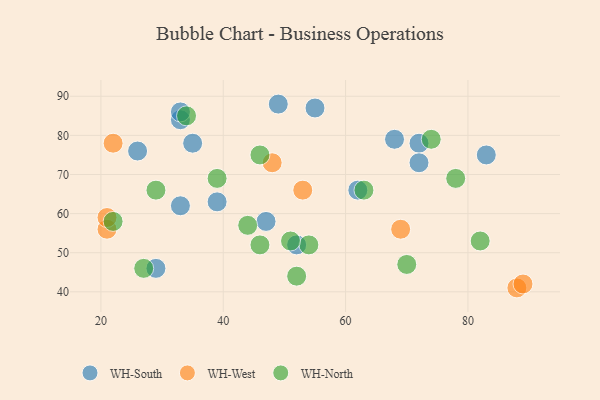
{"axis": {"x": "GDP", "y": "Life Expectancy"}, "legend": ["WH-North", "WH-South", "WH-West"], "data": [{"x": "33", "y": 84, "type": "WH-South"}, {"x": "26", "y": 76, "type": "WH-South"}, {"x": "49", "y": 88, "type": "WH-South"}, {"x": "47", "y": 58, "type": "WH-South"}, {"x": "72", "y": 78, "type": "WH-South"}, {"x": "55", "y": 87, "type": "WH-South"}, {"x": "68", "y": 79, "type": "WH-South"}, {"x": "83", "y": 75, "type": "WH-South"}, {"x": "33", "y": 86, "type": "WH-South"}, {"x": "39", "y": 63, "type": "WH-South"}, {"x": "52", "y": 52, "type": "WH-South"}, {"x": "35", "y": 78, "type": "WH-South"}, {"x": "62", "y": 66, "type": "WH-South"}, {"x": "33", "y": 62, "type": "WH-South"}, {"x": "72", "y": 73, "type": "WH-South"}, {"x": "29", "y": 46, "type": "WH-South"}, {"x": "88", "y": 41, "type": "WH-West"}, {"x": "53", "y": 66, "type": "WH-West"}, {"x": "22", "y": 78, "type": "WH-West"}, {"x": "69", "y": 56, "type": "WH-West"}, {"x": "21", "y": 56, "type": "WH-West"}, {"x": "89", "y": 42, "type": "WH-West"}, {"x": "21", "y": 59, "type": "WH-West"}, {"x": "48", "y": 73, "type": "WH-West"}, {"x": "34", "y": 85, "type": "WH-North"}, {"x": "27", "y": 46, "type": "WH-North"}, {"x": "52", "y": 44, "type": "WH-North"}, {"x": "46", "y": 75, "type": "WH-North"}, {"x": "29", "y": 66, "type": "WH-North"}, {"x": "22", "y": 58, "type": "WH-North"}, {"x": "74", "y": 79, "type": "WH-North"}, {"x": "78", "y": 69, "type": "WH-North"}, {"x": "54", "y": 52, "type": "WH-North"}, {"x": "39", "y": 69, "type": "WH-North"}, {"x": "51", "y": 53, "type": "WH-North"}, {"x": "82", "y": 53, "type": "WH-North"}, {"x": "46", "y": 52, "type": "WH-North"}, {"x": "70", "y": 47, "type": "WH-North"}, {"x": "44", "y": 57, "type": "WH-North"}, {"x": "63", "y": 66, "type": "WH-North"}]}